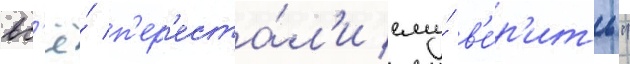
вс'ё́ п'ер'еста́л'и ему́ в'е́р'ить"